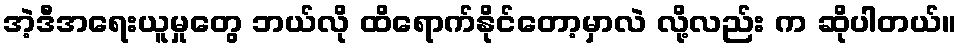
အဲ့ဒီအရေးယူမှုတွေ ဘယ်လို ထိရောက်နိုင်တော့မှာလဲ လို့လည်း က ဆိုပါတယ်။